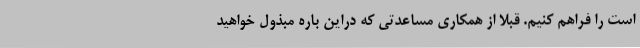
است را فراهم کنیم. قبلا از همکاری مساعدتی که دراین باره مبذول خواهید